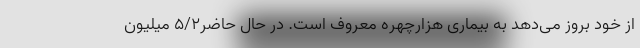
از خود بروز می‌دهد به بیماری هزارچهره معروف است. در حال حاضر۵/۲ میلیون